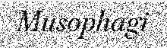
Musophagi